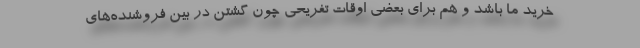
خرید ما باشد و هم برای بعضی اوقات تفریحی چون گشتن در بین فروشنده‌های